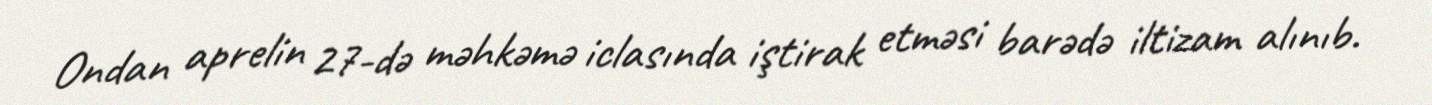
Ondan aprelin 27-də məhkəmə iclasında iştirak etməsi barədə iltizam alınıb.